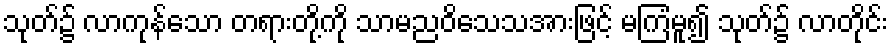
သုတ်၌ လာကုန်သော တရားတို့ကို သာမညဝိသေသအားဖြင့် မကြံမူ၍ သုတ်၌ လာတိုင်း